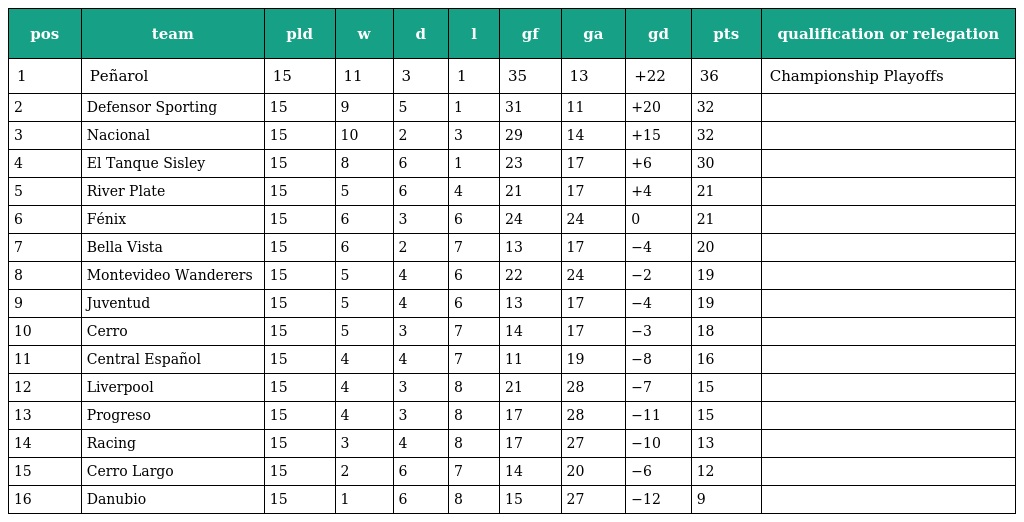
| pos | team | pld | w | d | l | gf | ga | gd | pts | qualification or relegation |
 | --- | --- | --- | --- | --- | --- | --- | --- | --- | --- | --- |
 | 1 | Peñarol | 15 | 11 | 3 | 1 | 35 | 13 | +22 | 36 | Championship Playoffs |
 | 2 | Defensor Sporting | 15 | 9 | 5 | 1 | 31 | 11 | +20 | 32 |  |
 | 3 | Nacional | 15 | 10 | 2 | 3 | 29 | 14 | +15 | 32 |  |
 | 4 | El Tanque Sisley | 15 | 8 | 6 | 1 | 23 | 17 | +6 | 30 |  |
 | 5 | River Plate | 15 | 5 | 6 | 4 | 21 | 17 | +4 | 21 |  |
 | 6 | Fénix | 15 | 6 | 3 | 6 | 24 | 24 | 0 | 21 |  |
 | 7 | Bella Vista | 15 | 6 | 2 | 7 | 13 | 17 | −4 | 20 |  |
 | 8 | Montevideo Wanderers | 15 | 5 | 4 | 6 | 22 | 24 | −2 | 19 |  |
 | 9 | Juventud | 15 | 5 | 4 | 6 | 13 | 17 | −4 | 19 |  |
 | 10 | Cerro | 15 | 5 | 3 | 7 | 14 | 17 | −3 | 18 |  |
 | 11 | Central Español | 15 | 4 | 4 | 7 | 11 | 19 | −8 | 16 |  |
 | 12 | Liverpool | 15 | 4 | 3 | 8 | 21 | 28 | −7 | 15 |  |
 | 13 | Progreso | 15 | 4 | 3 | 8 | 17 | 28 | −11 | 15 |  |
 | 14 | Racing | 15 | 3 | 4 | 8 | 17 | 27 | −10 | 13 |  |
 | 15 | Cerro Largo | 15 | 2 | 6 | 7 | 14 | 20 | −6 | 12 |  |
 | 16 | Danubio | 15 | 1 | 6 | 8 | 15 | 27 | −12 | 9 |  |